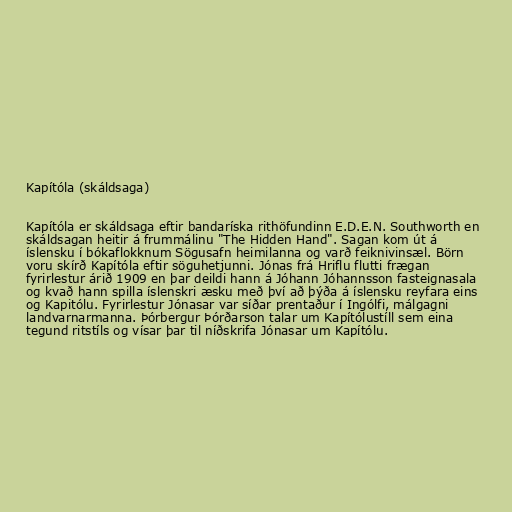
Kapítóla (skáldsaga)

Kapítóla er skáldsaga eftir bandaríska rithöfundinn E.D.E.N. Southworth en
skáldsagan heitir á frummálinu "The Hidden Hand". Sagan kom út á
íslensku í bókaflokknum Sögusafn heimilanna og varð feiknivinsæl. Börn
voru skírð Kapítóla eftir söguhetjunni. Jónas frá Hriflu flutti frægan
fyrirlestur árið 1909 en þar deildi hann á Jóhann Jóhannsson fasteignasala
og kvað hann spilla íslenskri æsku með því að þýða á íslensku reyfara eins
og Kapitólu. Fyrirlestur Jónasar var síðar prentaður í Ingólfi, málgagni
landvarnarmanna. Þórbergur Þórðarson talar um Kapítólustíll sem eina
tegund ritstíls og vísar þar til níðskrifa Jónasar um Kapítólu.